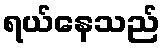
ရယ်နေသည်